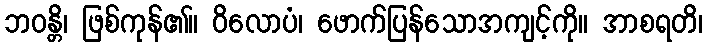
ဘဝန္တိ၊ ဖြစ်ကုန်၏။ ဝိလောပံ၊ ဖောက်ပြန်သောအကျင့်ကို။ အာစရတိ၊